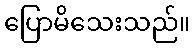
ပြောမိသေးသည်။